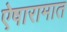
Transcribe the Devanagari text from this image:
ऐषारामात